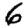
Digit: 6